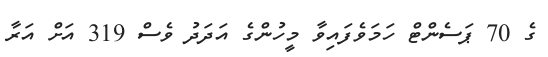
ގެ 70 ޕަސެންޓް ހަމަވެފައިވާ މީހުންގެ އަދަދު ވެސް 319 އަށް އަރާ